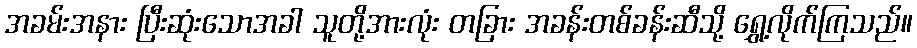
အခမ်းအနား ပြီးဆုံးသောအခါ သူတို့အားလုံး တခြား အခန်းတစ်ခန်းဆီသို့ ရွှေ့လိုက်ကြသည်။